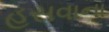
હસવાના